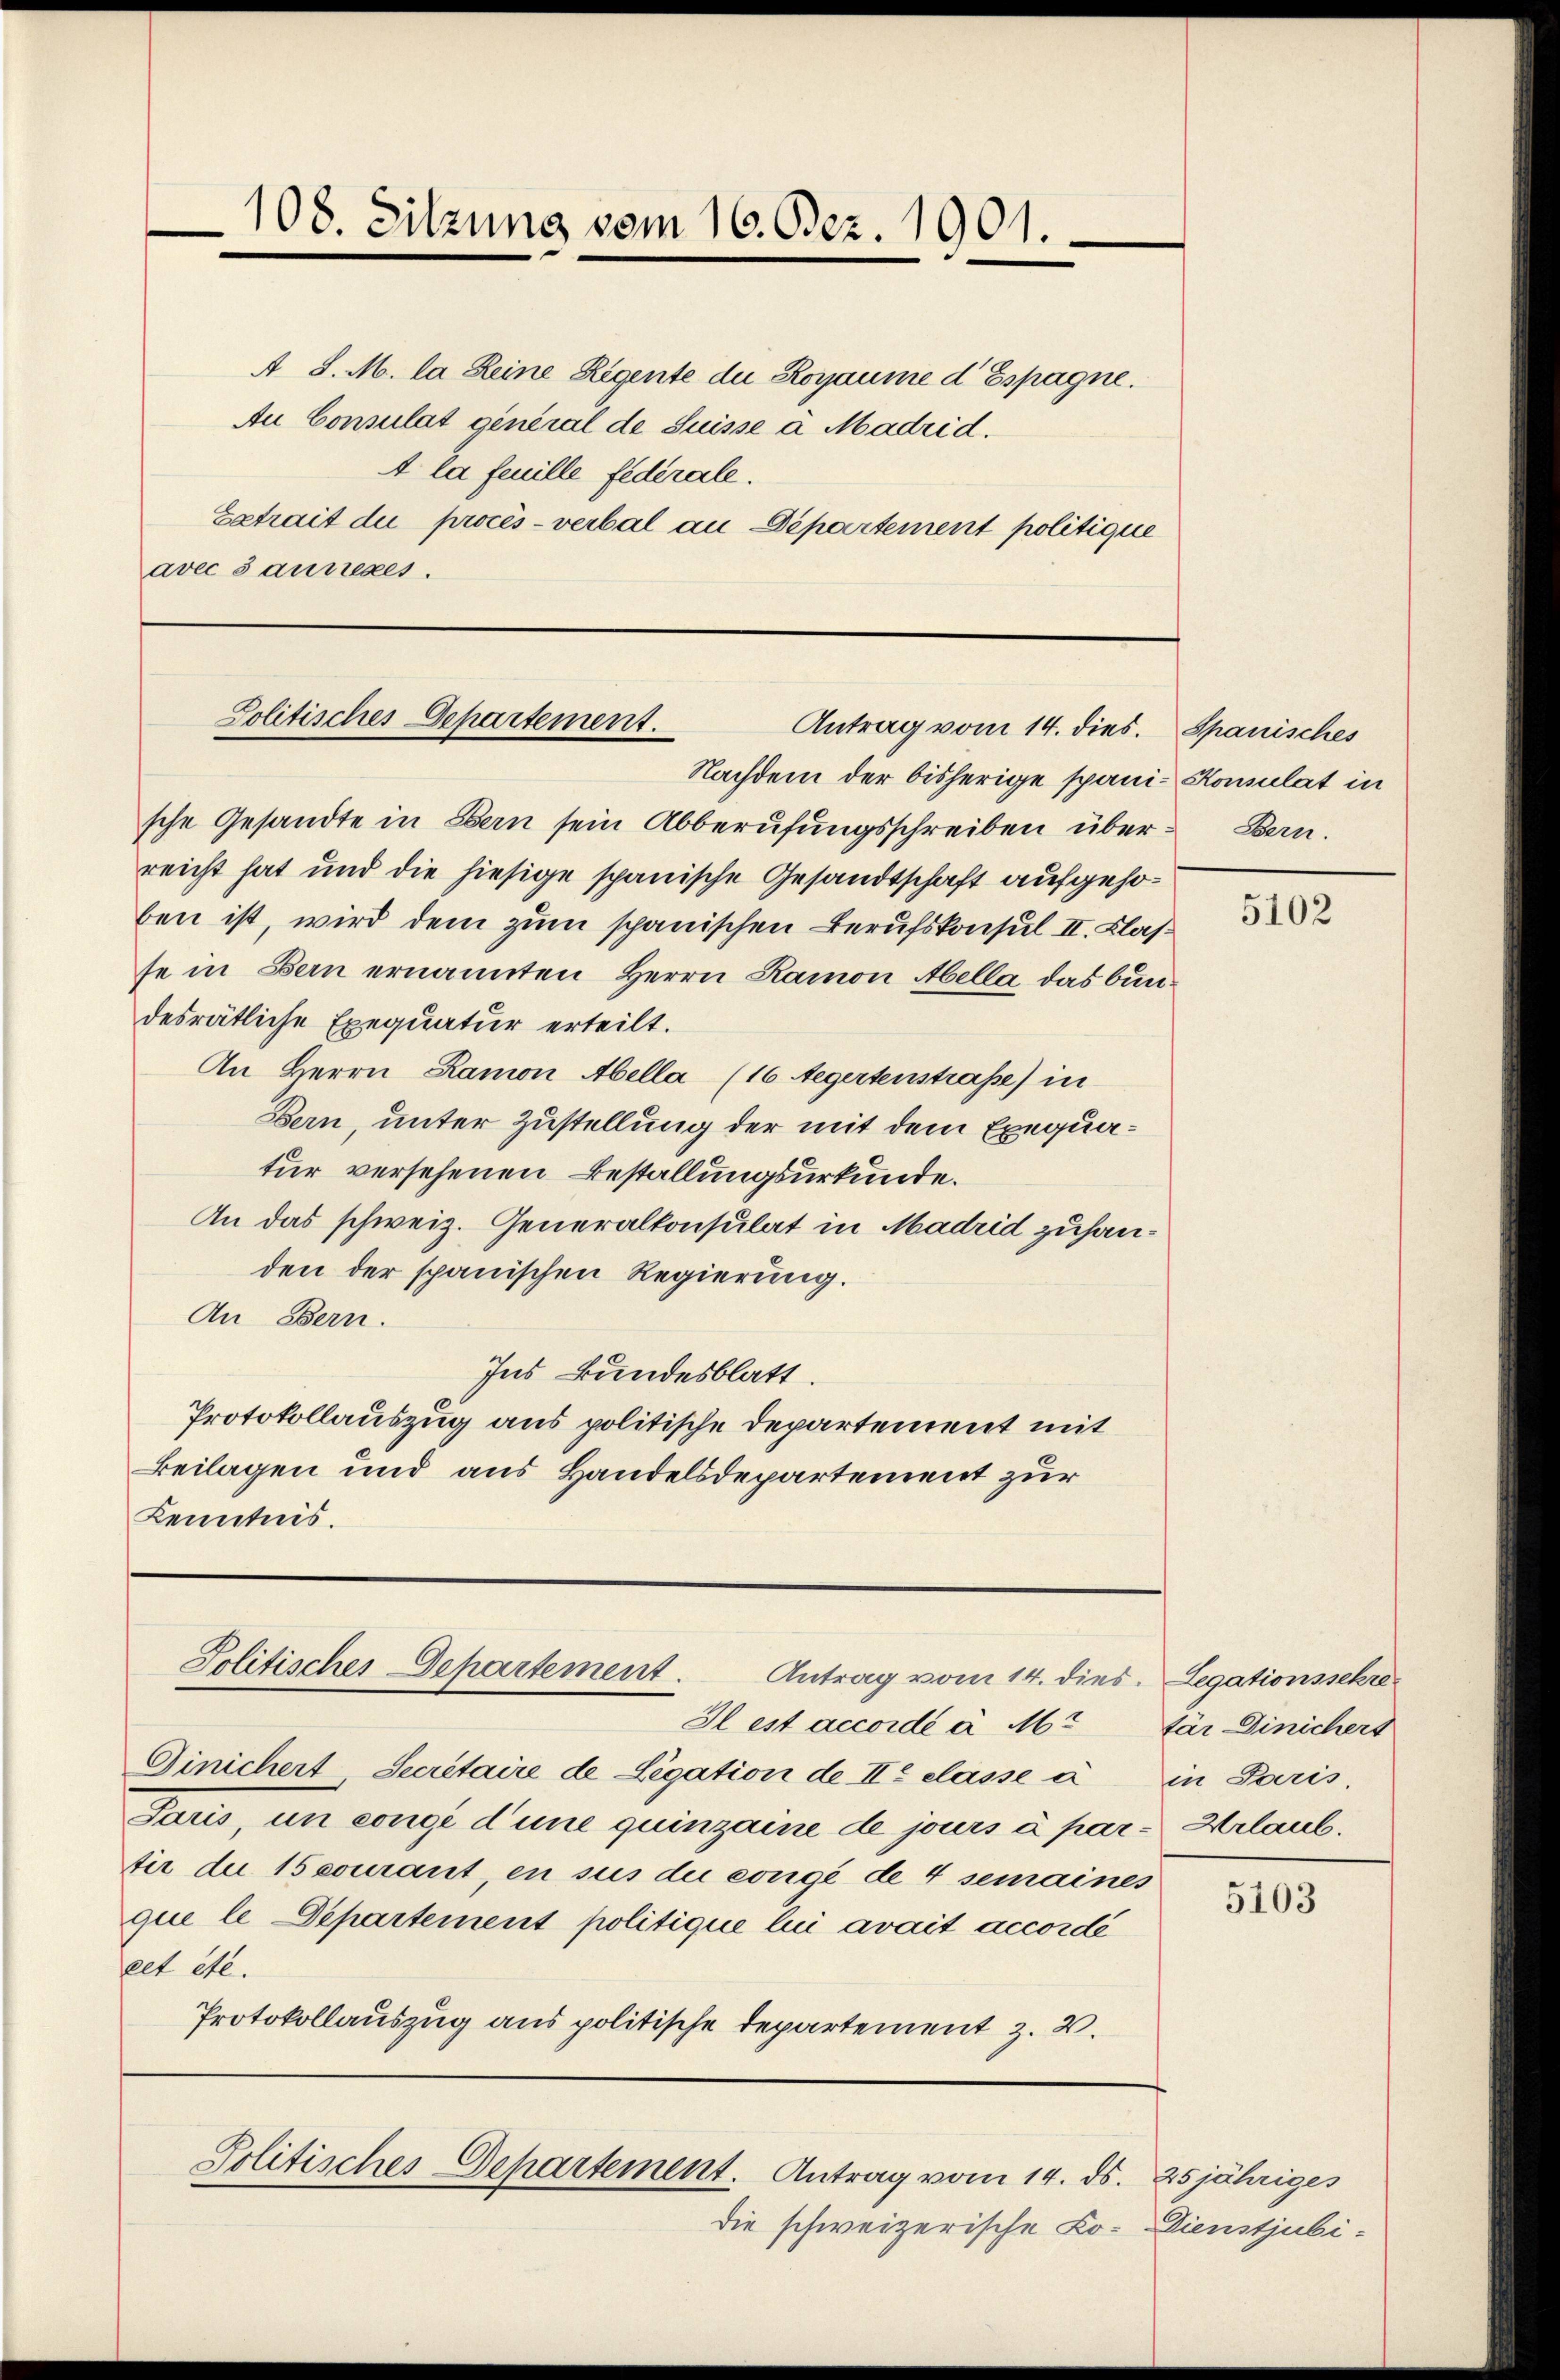
108. Sitzung vom 16. Dez. 1901.

A S. M. la Reine Regente die Rogaume d Espagne.
Au Consulat general de Suisse à Madrid.
4 la feuille federale.
Extrait du procès-verbal an Departement politique
avec 3 aussezes.

Politisches Departement.
Antrag vom 14. dies. Spanisches

Nachdem der bisherige spani-Konsulat in
sche Gesandte in Bern sein Abberufungsschreiben über Bern.
reicht hat und die hiesige spanische Gesandtschaft aufgehoben ist, wird dem zum spanischen Berufskonsul II. Klasse in Bern ernannten Herrn Ramon Abella, das bundesrätliche Exequatur erteilt.
An Herrn Ramon Abella (16 Aegertenstraße) in
Bern, unter Zustellung der mit dem Exequatur versehenen Bestallungsurkunde.
An das schweiz. Generalkonsulat in Madrid zuhanden der spanischen Regierung.
An Bern.
Ins Bundesblatt.
Protokollauszug aus politische Departement mit
Beilagen und aus Handelsdepartement zur
Kenntnis.

Politisches Departement.
Antrag vom 14. dies. Legationsschre¬

Il est accordé à M.
Dinichert Secretaire de Legation de II elasse à in Paris.
Paris, un congé d’une quinzaine de jours à par Urlaub.
tir die 15 courant, en sus die congé de 4 semaines
que le Departement politique lui avait accordé
eet etc.
Protokollauszug aus politische Departement z. B.

Politisches Departement. Antrag vom 14. ds. 25jähriges

die schweizerische Lo- Dienstjubi-

5102

fär Dinichers

5103